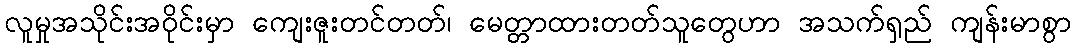
လူမှုအသိုင်းအဝိုင်းမှာ ကျေးဇူးတင်တတ်၊ မေတ္တာထားတတ်သူတွေဟာ အသက်ရှည် ကျန်းမာစွာ